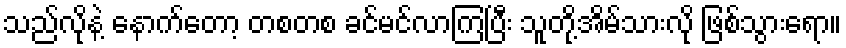
သည်လိုနဲ့ နောက်တော့ တစတစ ခင်မင်လာကြပြီး သူတို့အိမ်သားလို ဖြစ်သွားရော။